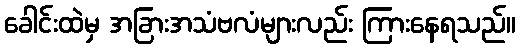
ခေါင်းထဲမှ အခြားအသံဗလံများလည်း ကြားနေရသည်။